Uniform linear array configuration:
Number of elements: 32
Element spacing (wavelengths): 0.5
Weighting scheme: exponential
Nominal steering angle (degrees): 15
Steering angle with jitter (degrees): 16.797
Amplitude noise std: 0.05
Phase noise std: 0.05

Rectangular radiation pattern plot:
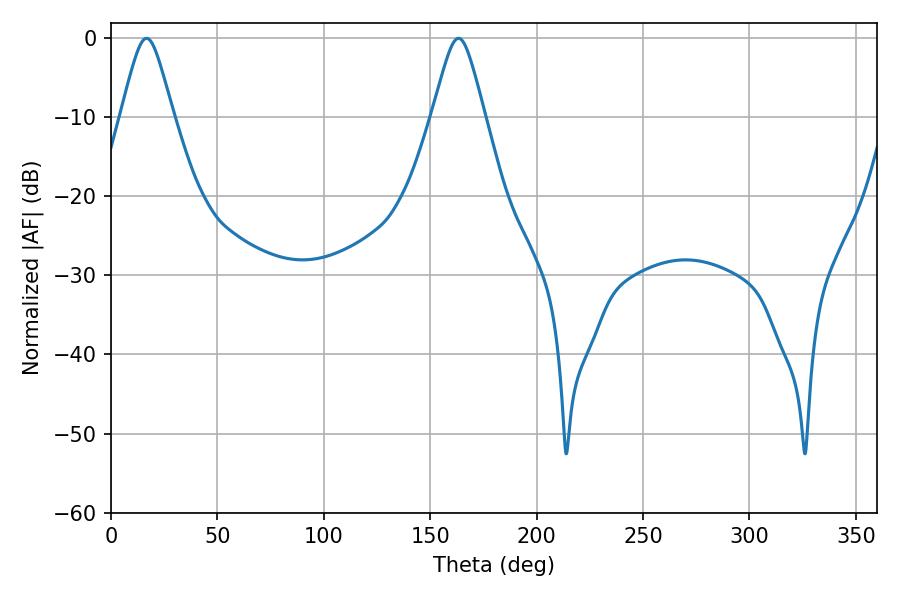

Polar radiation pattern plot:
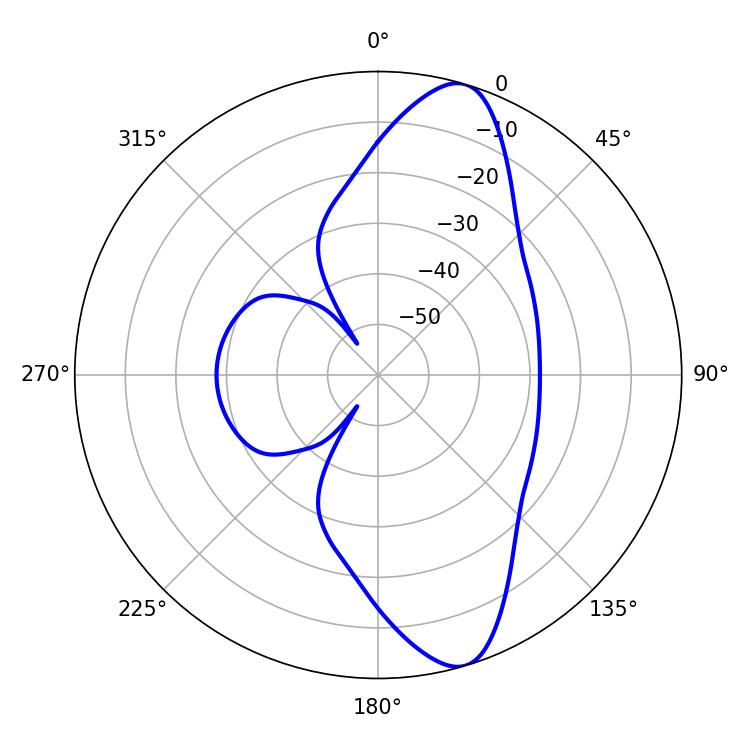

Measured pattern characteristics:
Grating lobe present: FALSE
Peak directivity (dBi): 11.38
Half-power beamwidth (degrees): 11.88
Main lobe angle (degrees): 16.74